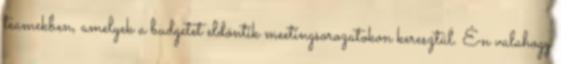
teamekben, amelyek a budgetet eldöntik meetingsorozatokon keresztül. Én valahogy